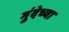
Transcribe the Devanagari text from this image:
गुंदेच्या